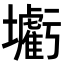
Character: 𡓰